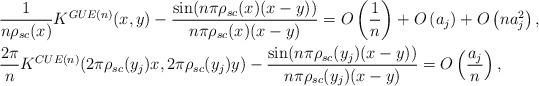
LaTeX: \begin{align*}&\frac{1}{n\rho_{sc}(x)}K^{GUE(n)}(x,y)-\frac{\sin(n\pi \rho_{sc}(x)(x-y) )}{n\pi \rho_{sc}(x)(x-y)}=O\left(\frac{1}{n}\right)+O\left(a_j\right)+O\left(na_j^2\right),\\&\frac{2\pi}{n}K^{CUE(n)}({2\pi}\rho_{sc}(y_j)x,{2\pi}\rho_{sc}(y_j)y)-\frac{\sin(n\pi \rho_{sc}(y_j)(x-y) )}{n\pi \rho_{sc}(y_j)(x-y)}=O\left(\frac{a_j}{n}\right),\end{align*}